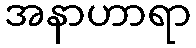
အနာဟာရာ